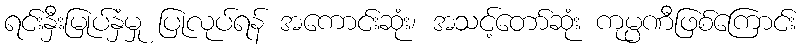
ရင်းနှီးမြုပ်နှံမှု ပြုလုပ်ရန် အကောင်းဆုံး၊ အသင့်တော်ဆုံး ကုမ္ပဏီဖြစ်ကြောင်း